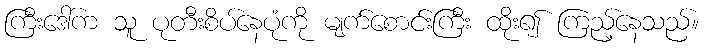
ကြီးဒေါ်က သူ ပုတီးစိပ်နေပုံကို မျက်စောင်းကြီး ထိုး၍ ကြည့်နေသည်။